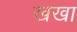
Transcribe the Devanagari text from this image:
खखा